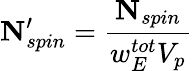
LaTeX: \mathbf{N}_{spin}^{\prime}=\frac{\mathbf{N}_{spin}}{w_{E}^{tot}V_{p}}